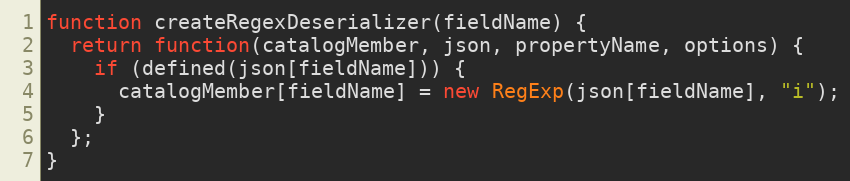
Language: JavaScript
function createRegexDeserializer(fieldName) {
  return function(catalogMember, json, propertyName, options) {
    if (defined(json[fieldName])) {
      catalogMember[fieldName] = new RegExp(json[fieldName], "i");
    }
  };
}